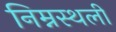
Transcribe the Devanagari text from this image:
निम्नस्थली